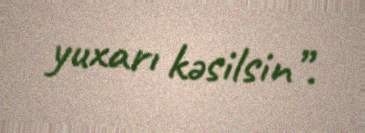
yuxarı kəsilsin”.